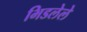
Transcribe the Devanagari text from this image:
भिडलेले